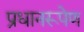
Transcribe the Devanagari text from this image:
प्रधानरूपेण